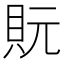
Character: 貦